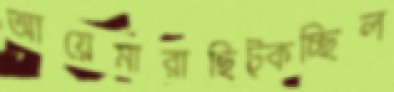
আয়েমারাছিট্‌কচ্ছিল